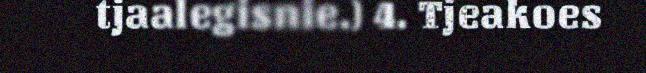
tjaalegisnie.) 4. Tjeakoes